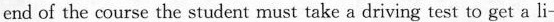
end of the course the student must take a driving test to get a li-